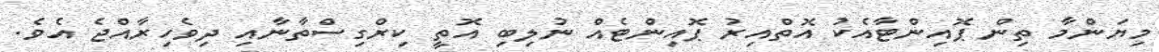
މިޔަންމާ ތިން ޕޮއިންޓާއެކު އޮތްއިރު ޕޮއިންޓެއް ނުލިބި އޮތީ ކިރްގިސްތާނާއި ދިވެހިރާއްޖެ އެވެ.